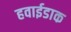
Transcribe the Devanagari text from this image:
हवाईडाक